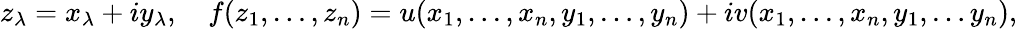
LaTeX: z_{\lambda}=x_{\lambda}+iy_{\lambda},\quad f(z_{1},\dots,z_{n})=u(x_{1},\dots,x_{n},y_{1},\dots,y_{n})+iv(x_{1},\dots,x_{n},y_{1},\dots y_{n}),